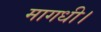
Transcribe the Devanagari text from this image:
मागधी।